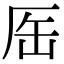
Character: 厒